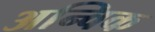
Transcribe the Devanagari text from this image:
अन्विक